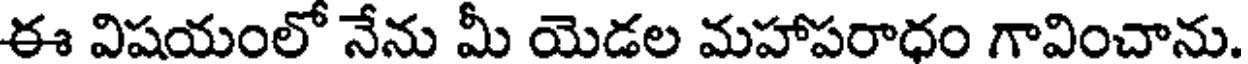
ఈ విషయంలో నేను మీ యెడల మహాపరాధం గావించాను.